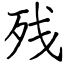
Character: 残